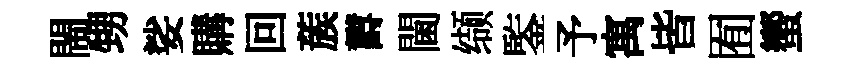
閙甥娑購回蔟欝閫缬鍳予寓皆囿蠁